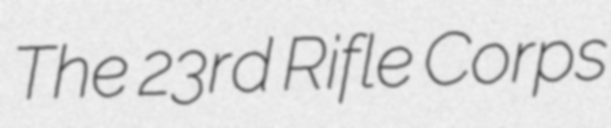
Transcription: The 23rd Rifle Corps